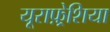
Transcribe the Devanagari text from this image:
यूराफ़्रेशिया